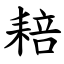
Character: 䎧